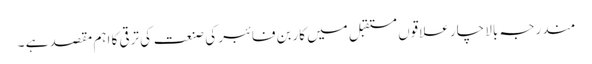
مندرجہ بالا چار علاقوں مستقبل میں کاربن فائبر کی صنعت کی ترقی کا اہم مقصد ہے ۔